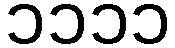
၁၁၁၁